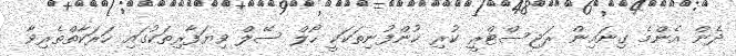
ދެން އެންމެ ގިނައިން ރަޖިސްޓްރީ ކުރި ކުންފުނިތަކަކީ ހޯލް ސޭލް ވިޔަފާރިތަކުގައި ހަރަކާތްތެރިވާ